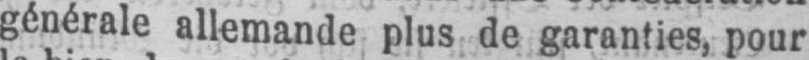
générale allemande plus de garanties, pour